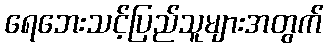
ရေဘေးသင့်ပြည်သူများအတွက်